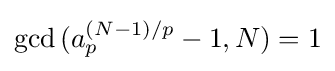
\gcd {(a_{p}^{(N-1)/p}-1,N)}=1